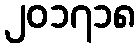
၂၀၁၇၁၈